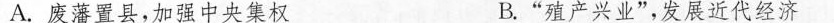
A.废藩置县，加强中央集权 B.”殖产兴业”，发展近代经济